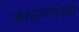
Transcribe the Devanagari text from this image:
भवसागराच्या